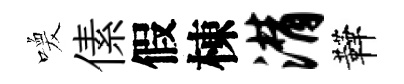
喚傃假棟潸鞾